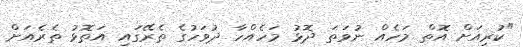
"ކުރިއަށް އޮތް މަހެއް ނުވަތަ ދޮޅު މަހެއްހާ ދުވަހުގެ ތެރޭގައި އަތޮޅު ތެރެއަށް